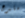
متبرع